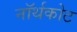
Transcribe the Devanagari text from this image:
नॉर्थकोट